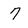
Character: 7